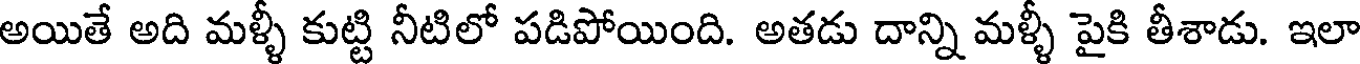
అయితే అది మళ్ళీ కుట్టి నీటిలో పడిపోయింది. అతడు దాన్ని మళ్ళీ పైకి తీశాడు. ఇలా